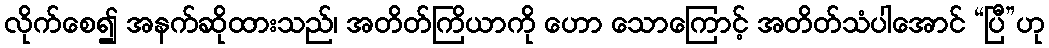
လိုက်စေ၍ အနက်ဆိုထားသည်၊ အတိတ်ကြိယာကို ဟော သောကြောင့် အတိတ်သံပါအောင် “ပြီ”ဟု